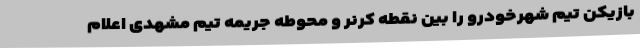
بازیکن تیم شهرخودرو را بین نقطه کرنر و محوطه جریمه تیم مشهدی اعلام